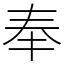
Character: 奉